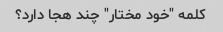
کلمه "خود مختار" چند هجا دارد؟